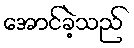
အောင်ခဲ့သည်